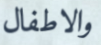
والاطفال